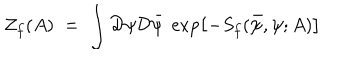
LaTeX: { \mathcal Z } _ { f } ( A ) \; = \; \int { \mathcal D } \psi { \mathcal D } { \bar { \psi } } \; \exp \left[ - S _ { f } ( { \bar { \psi } } , \psi ; A ) \right]